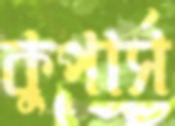
কুপার্স